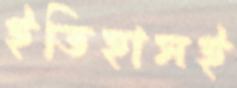
ইতিহাসই